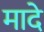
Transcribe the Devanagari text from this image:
मादे